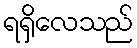
ရရှိလေသည်